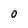
Character: 0